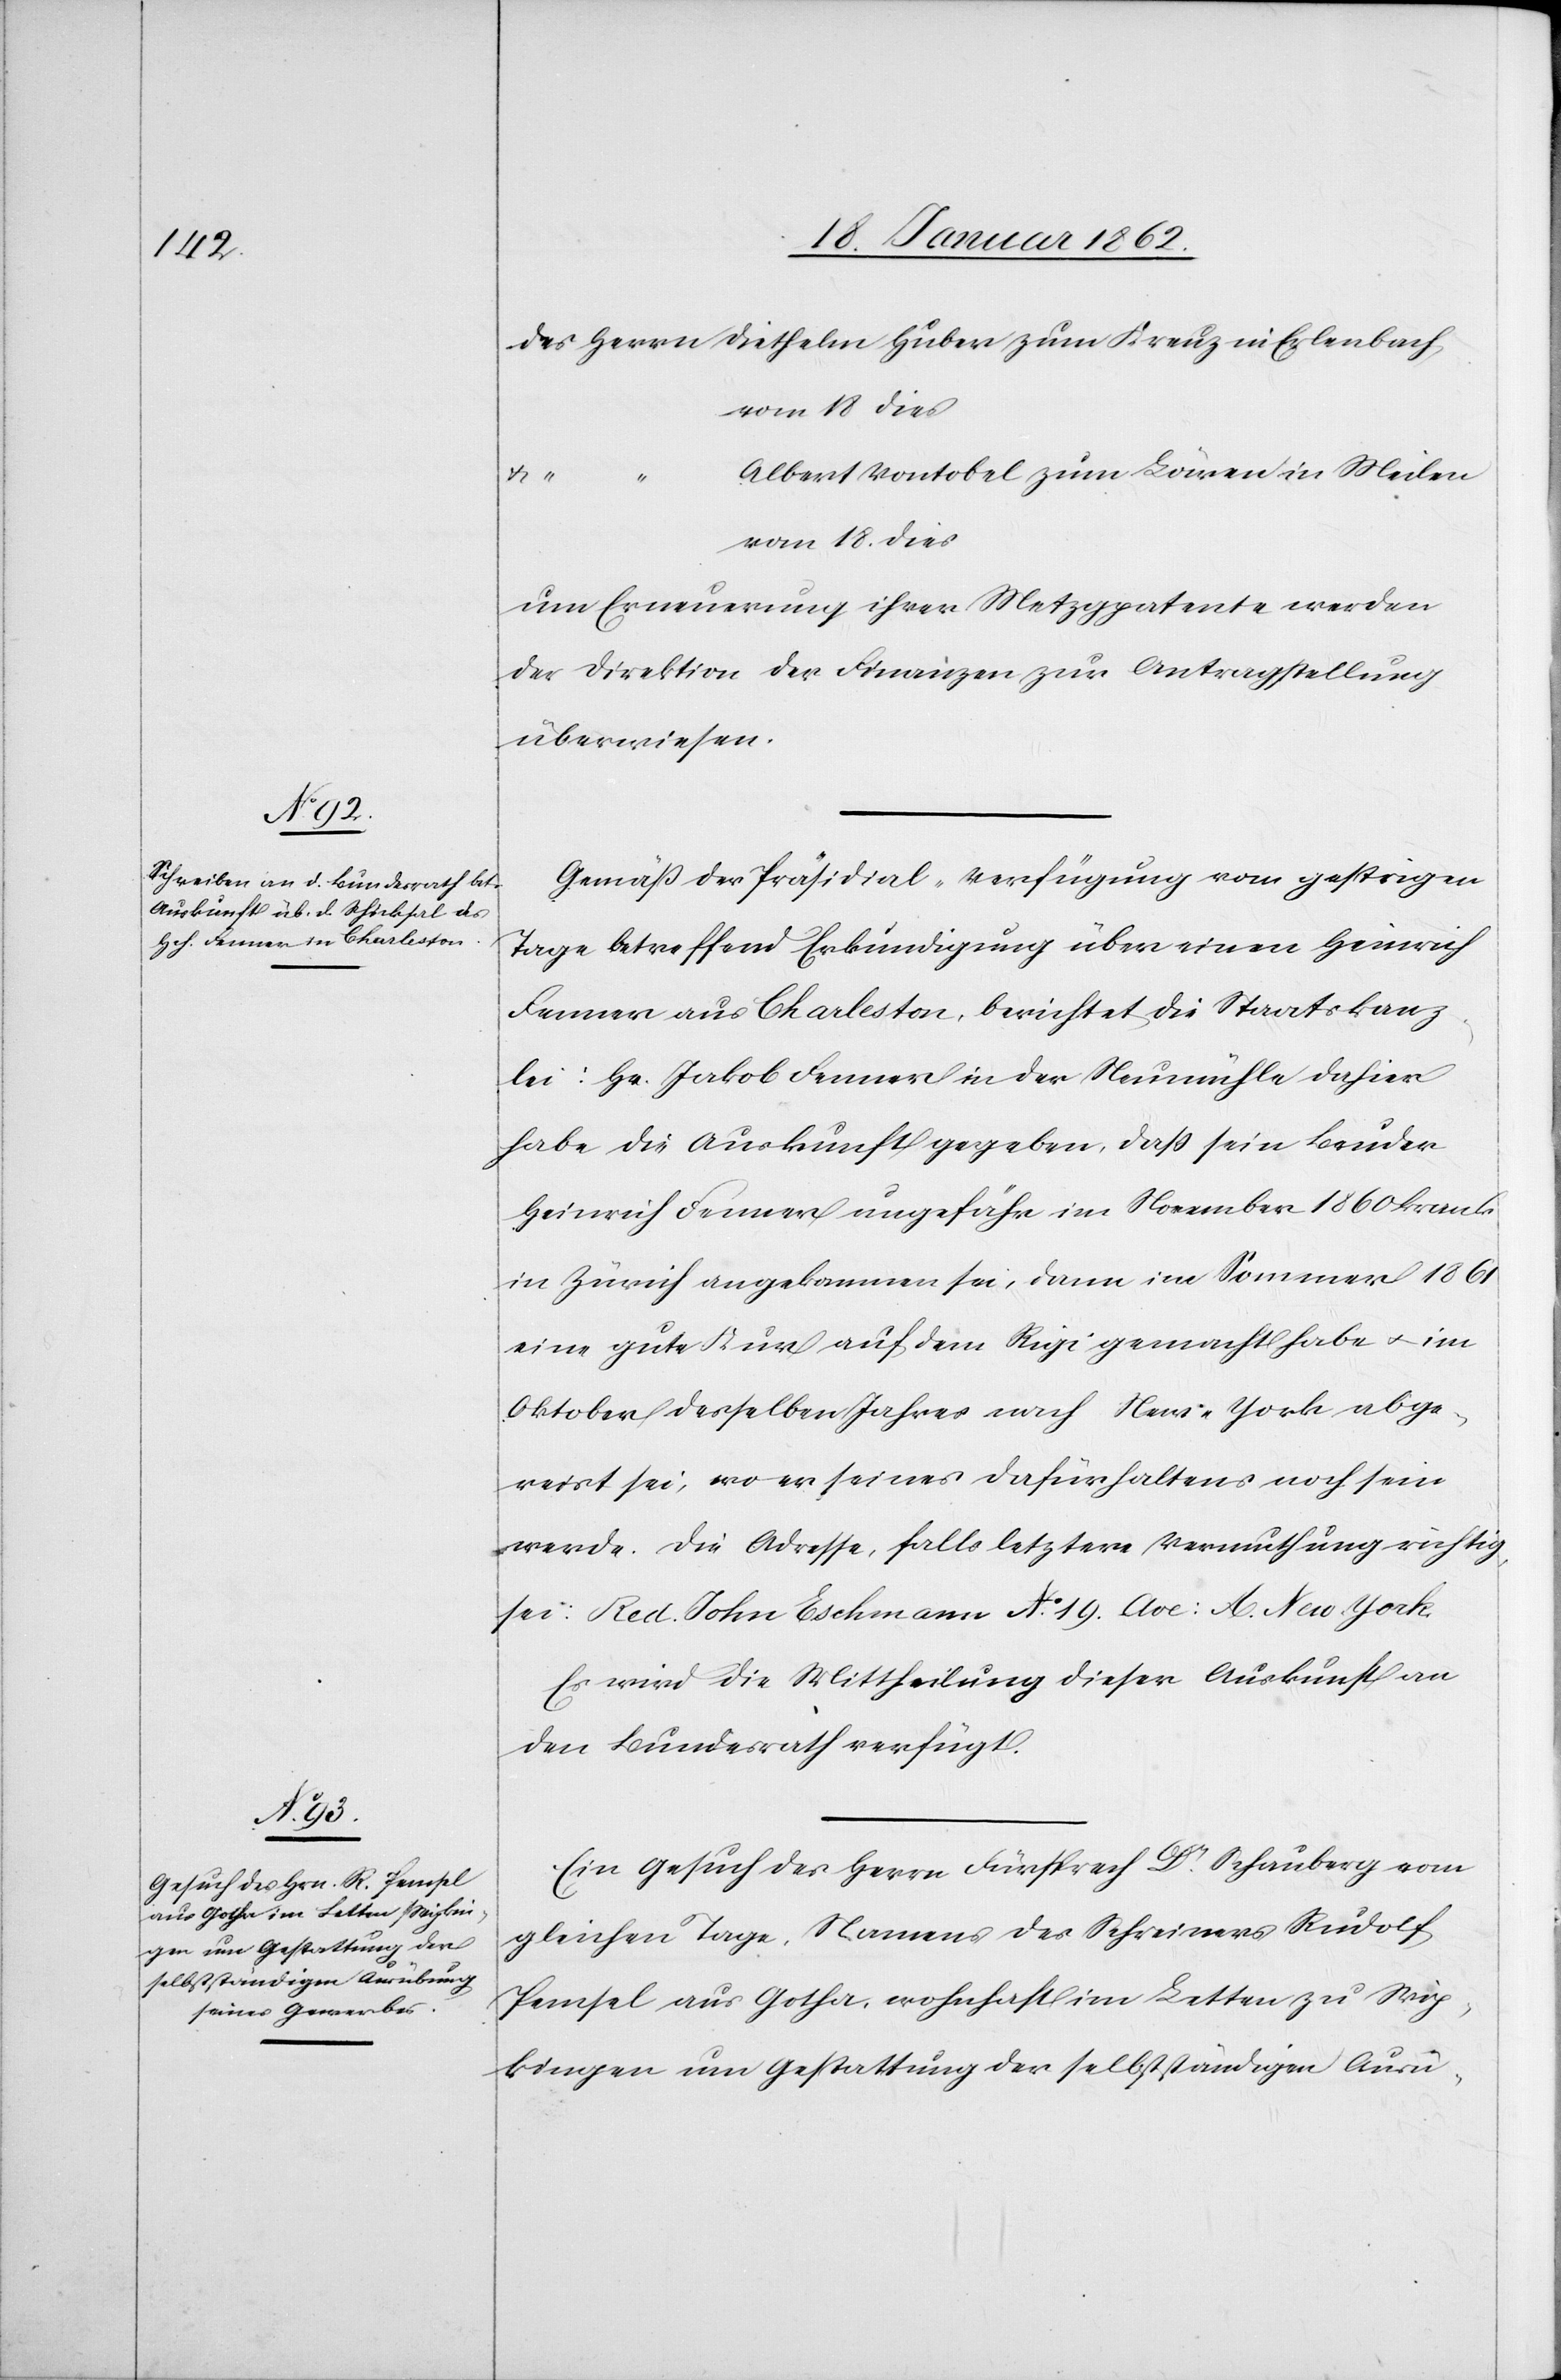
21. Januar 1862]
des Herrn Diethelm Huber zum Kreuz in Erlenbach
vom 18. dies
Albert Vontobel zum Löwen in Meilen
den
um Erneuerung ihrer Metzgpatente werden
der Direktion der Finanzen zur Antragstellung
überwiesen.
Gemäß der Präsidial-Verfügung vom gestrigen
Tage betreffend Erkundigung über einen Heinrich
Fenner aus Charleston, berichtet die Staatskanz¬
lei: Hr. Jakob Fenner in der Neumühle dahier
habe die Auskunft gegeben, daß sein Bruder
Heinrich Fenner ungefähr im November 1860 krank
in Zürich angekommen sei, dann im Sommer 1861
eine gute Kur auf dem Rigi gemacht habe u. im
Oktober desselben Jahres nach New-York abge¬
reist sei, wo er seines Dafürhaltens noch sein
werde. Die Adresse, falls letztere Vermuthung richtig
sei: Red. John Eschmann No. 19. Ave: A. New-York.
Es wird die Mittheilung dieser Auskunft an
den Bundesrath verfügt.
Ein Gesuch des Herrn Fürsprech Dr. Schauberg vom
gleichen Tage, Namens des Schreiners Rudolf
Pemsel aus Gotha, wohnhaft im Letten zu Wip¬
kingen um Gestattung der selbstständigen Ausü-